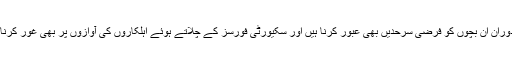
اس دوران ان بچوں کو فرضی سرحدیں بھی عبور کرنا ہیں اور سکیورٹی فورسز کے چلاتے ہوئے اہلکاروں کی آوازوں پر بھی غور کرنا ہے۔